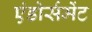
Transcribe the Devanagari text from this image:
एंडोर्समेंट